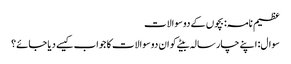
عظیم نامہ: بچوں کے دو سوالات
سوال: اپنے چار سالہ بیٹے کو ان دو سوالات کا جواب کیسے دیا جائے؟